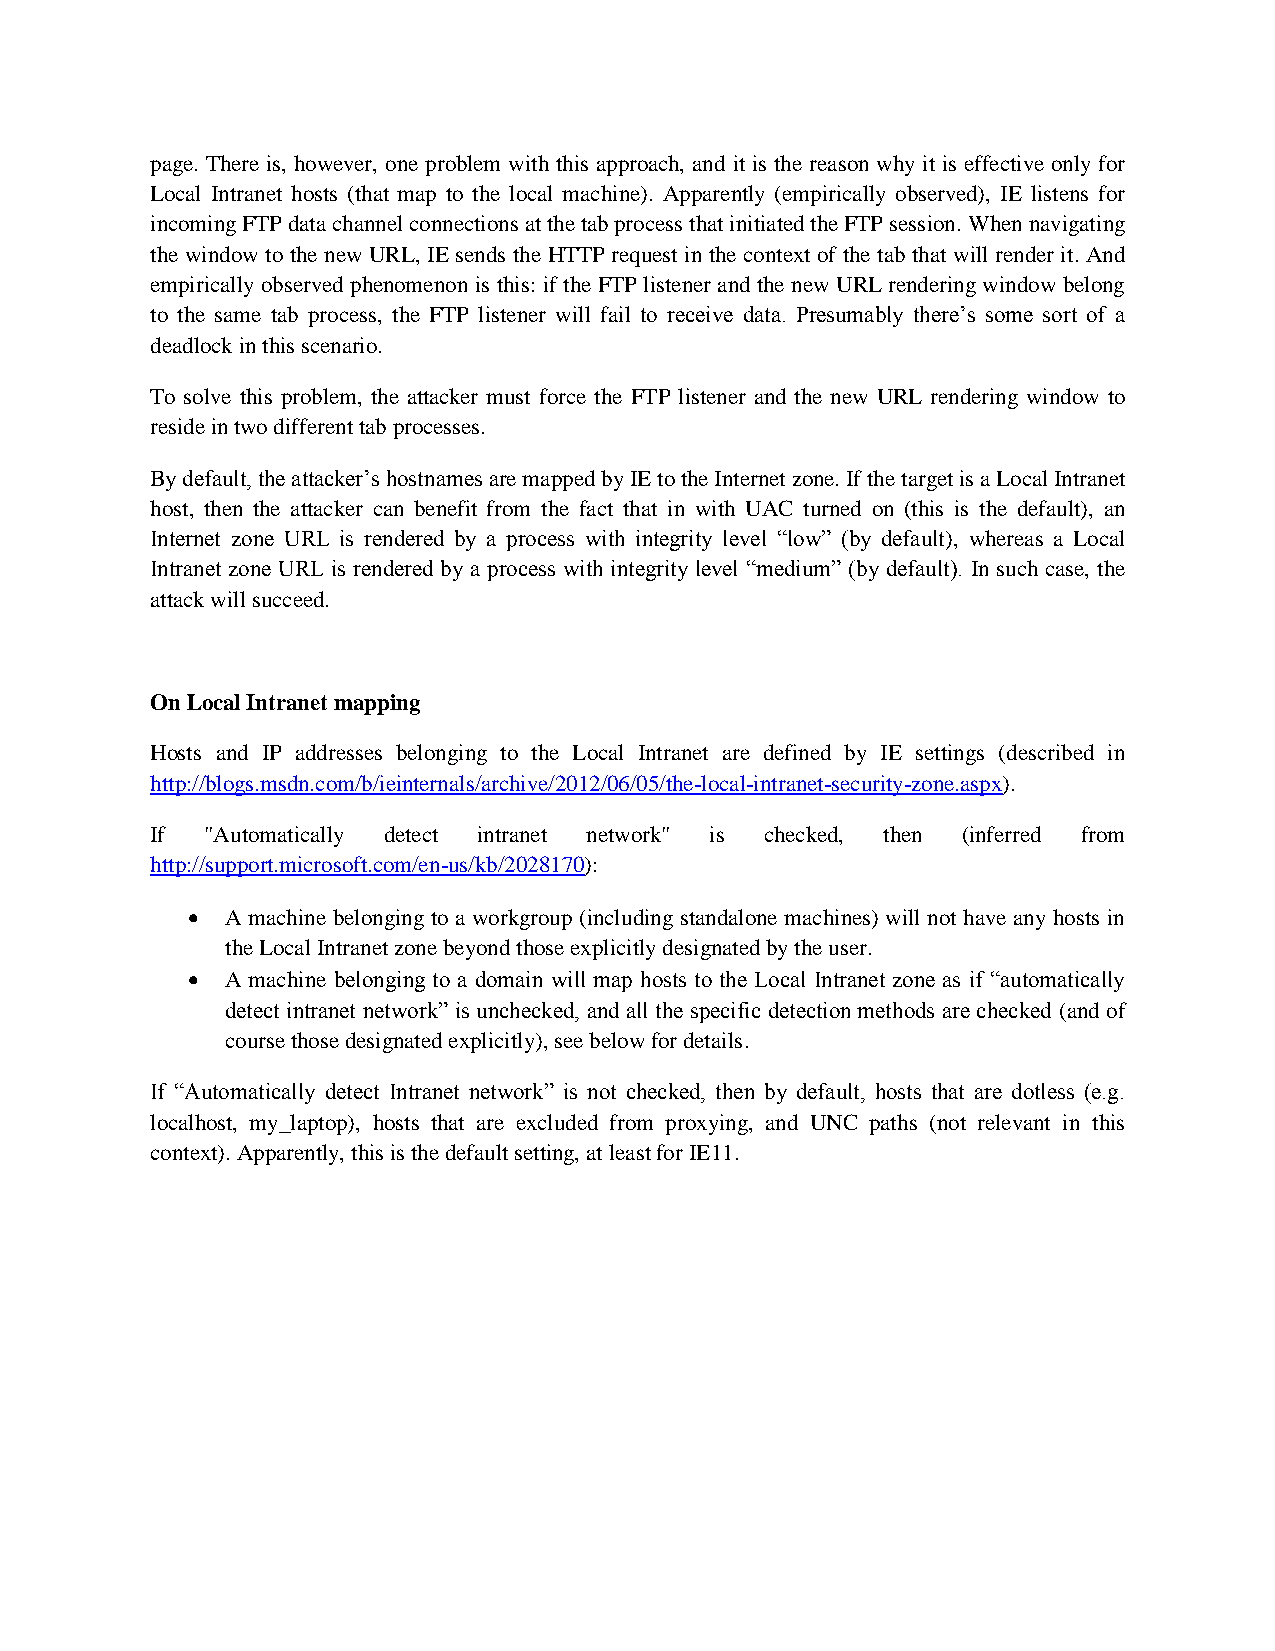
page. There is, however, one problem with this approach, and it is the reason why it is effective only for
 Local Intranet hosts (that map to the local machine). Apparently (empirically observed), IE listens for
 incoming FTP data channel connections at the tab process that initiated the FTP session. When navigating
 the window to the new URL, IE sends the HTTP request in the context of the tab that will render it. And
 empirically observed phenomenon is this: if the FTP listener and the new URL rendering window belong
 to the same tab process, the FTP listener will fail to receive data. Presumably there’s some sort of a
 deadlock in this scenario.
 To solve this problem, the attacker must force the FTP listener and the new URL rendering window to
 reside in two different tab processes.
 By default, the attacker’s hostnames are mapped by IE to the Internet zone. If the target is a Local Intranet
 host, then the attacker can benefit from the fact that in with UAC turned on (this is the default), an
 Internet zone URL is rendered by a process with integrity level “low” (by default), whereas a Local
 Intranet zone URL is rendered by a process with integrity level “medium” (by default). In such case, the
 attack will succeed.
 On Local Intranet mapping
 Hosts and IP addresses belonging to the Local Intranet are defined by IE settings (described in
 http://blogs.msdn.com/b/ieinternals/archive/2012/06/05/the-local-intranet-security-zone.aspx).
 If  "Automatically detect intranet network" is checked, then (inferred from
 http://support.microsoft.com/en-us/kb/2028170):
   A machine belonging to a workgroup (including standalone machines) will not have any hosts in
 the Local Intranet zone beyond those explicitly designated by the user.
   A machine belonging to a domain will map hosts to the Local Intranet zone as if “automatically
 detect intranet network” is unchecked, and all the specific detection methods are checked (and of
 course those designated explicitly), see below for details.
 If “Automatically detect Intranet network” is not checked, then by default, hosts that are dotless (e.g.
 localhost, my_laptop), hosts that are excluded from proxying, and UNC paths (not relevant in this
 context). Apparently, this is the default setting, at least for IE11.